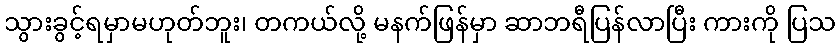
သွားခွင့်ရမှာမဟုတ်ဘူး၊ တကယ်လို့ မနက်ဖြန်မှာ ဆာဘရီပြန်လာပြီး ကားကို ပြသ